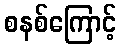
စနစ်ကြောင့်